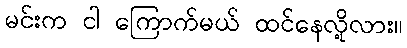
မင်းက ငါ ကြောက်မယ် ထင်နေလို့လား။